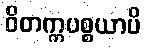
ဝိတက္ကပစ္စယာပိ